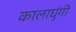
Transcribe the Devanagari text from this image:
कालाघुंगी